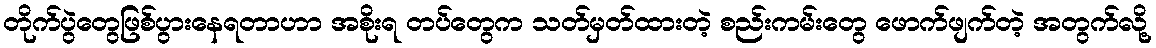
တိုက်ပွဲတွေဖြစ်ပွားနေရတာဟာ အစိုးရ တပ်တွေက သတ်မှတ်ထားတဲ့ စည်းကမ်းတွေ ဖောက်ဖျက်တဲ့ အတွက်လို့